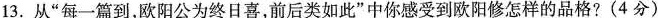
13.从“每一篇到，欧阳公为终日喜，前后类如此”中你感受到欧阳修怎样的品格?(4分)______